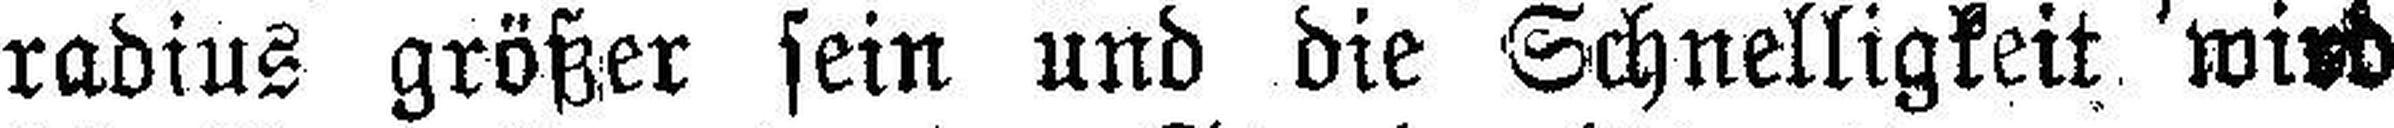
radius größer sein und die Schnelligkeit wird